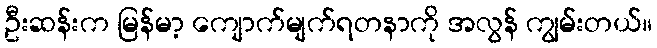
ဦးဆန်းက မြန်မာ့ ကျောက်မျက်ရတနာကို အလွန် ကျွမ်းတယ်။